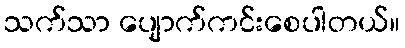
သက်သာ ပျောက်ကင်းစေပါတယ်။